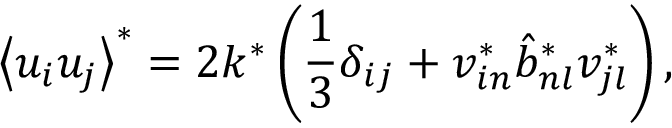
\left\langle u _ { i } u _ { j } \right\rangle ^ { * } = 2 k ^ { * } \left( \frac { 1 } { 3 } \delta _ { i j } + v _ { i n } ^ { * } \hat { b } _ { n l } ^ { * } v _ { j l } ^ { * } \right) ,